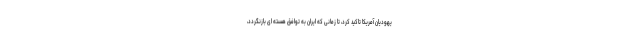
یهودیان آمریکا تاکید کرد، تا زمانی که ایران به توافق هسته ای بازنگردد،